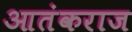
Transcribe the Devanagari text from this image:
आतंकराज